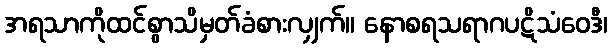
အရသာကိုထင်စွာသိမှတ်ခံစားလျှက်။ နောစရသရာဂပဋိသံဝေဒီ၊